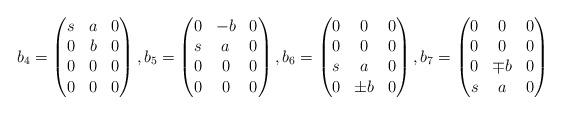
LaTeX: \begin{align*}b_4=\begin{pmatrix}s&a&0\\0&b&0\\0&0&0\\0&0&0\end{pmatrix}, b_5=\begin{pmatrix}0&-b&0\\s&a&0\\0&0&0\\0&0&0\end{pmatrix},b_6=\begin{pmatrix}0&0&0\\0&0&0\\s&a&0\\0&\pm b&0\end{pmatrix},b_7=\begin{pmatrix}0&0&0\\0&0&0\\0&\mp b&0\\s&a&0\end{pmatrix}\end{align*}